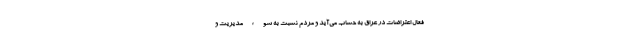
فعال اعتراضات در عراق به حساب می‌آید و مردم نسبت به سوء مدیریت و